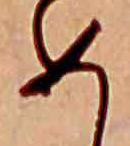
め